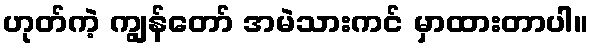
ဟုတ်ကဲ့ ကျွန်တော် အမဲသားကင် မှာထားတာပါ။